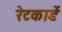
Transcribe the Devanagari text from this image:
रेटकार्डे